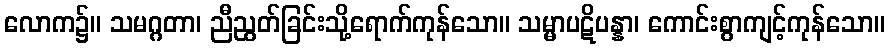
လောက၌။ သမဂ္ဂတာ၊ ညီညွတ်ခြင်းသို့ရောက်ကုန်သော။ သမ္မာပဋိပန္နာ၊ ကောင်းစွာကျင့်ကုန်သော။